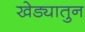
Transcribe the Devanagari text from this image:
खेड्यातुन